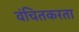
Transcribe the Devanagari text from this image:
वंचितकरता